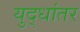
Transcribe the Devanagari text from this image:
युद्धांतर